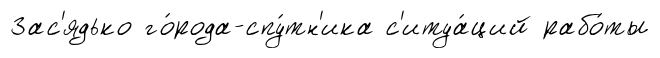
Зас'ядько го́рода-спу́тн'ика с'итуа́ций рабо́ты